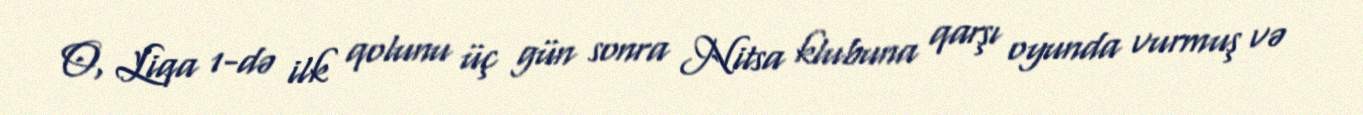
O, Liqa 1-də ilk qolunu üç gün sonra Nitsa klubuna qarşı oyunda vurmuş və